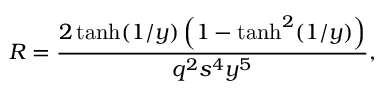
R = \frac { 2 \operatorname { t a n h } ( 1 / y ) \left( 1 - \operatorname { t a n h } ^ { 2 } ( 1 / y ) \right) } { q ^ { 2 } s ^ { 4 } y ^ { 5 } } ,